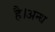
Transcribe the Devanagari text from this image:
है।अन्ध